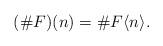
LaTeX: \begin{gather*}(\#F)(n) = \#F\langle n \rangle .\end{gather*}